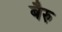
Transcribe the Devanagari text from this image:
बैरु